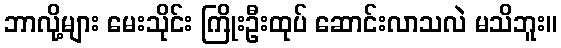
ဘာလို့များ မေးသိုင်း ကြိုးဦးထုပ် ဆောင်းလာသလဲ မသိဘူး။